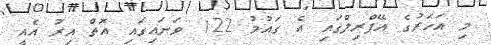
މި އަހަރުގެ އޭޕްރިލްގައި އެ ގައުމު 122 ވަނައިގައި އޮތް އިރު އެއީ